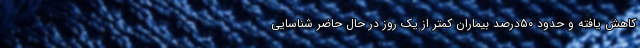
کاهش یافته و حدود ۵۰درصد بیماران کمتر از یک روز در حال حاضر شناسایی